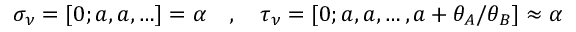
\sigma _ { \nu } = [ 0 ; a , a , \ldots ] = \alpha \quad , \quad \tau _ { \nu } = [ 0 ; a , a , \ldots , a + \theta _ { A } / \theta _ { B } ] \approx \alpha